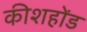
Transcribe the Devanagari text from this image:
कीशहोंड